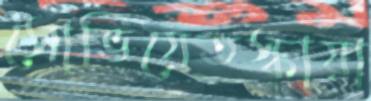
সোভিয়েতস্কায়া